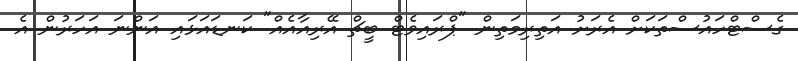
ގެސްޓްހައުސްތަކަށް އެރަށު އަތިރިމަތިން "ޕްރައިވެޓް ބީޗް އޭރިއާއެއް" ކަނޑައަޅައި އަންނަ އަހަރުން އެ